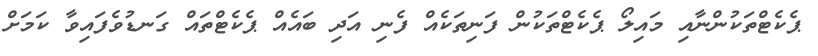
ޕެކެޓްތަކުންނާއި މައިލޯ ޕެކެޓްތަކުން ފަނިތަކެއް ފެނި އަދި ބައެއް ޕެކެޓްތައް ގަނޑުވެފައިވާ ކަމަށް